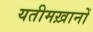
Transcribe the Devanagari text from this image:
यतीमख़ानों